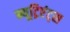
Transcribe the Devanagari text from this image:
न्यूट्रिएंट्स